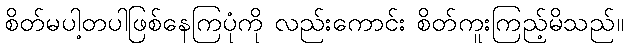
စိတ်မပါ့တပါဖြစ်နေကြပုံကို လည်းကောင်း စိတ်ကူးကြည့်မိသည်။